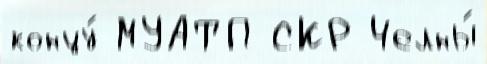
концу́ МУАТП СКР Челны́